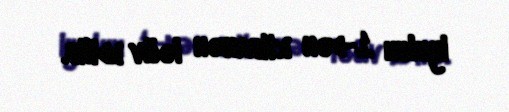
iyulun 1-dən etibarən ləğv edilib.